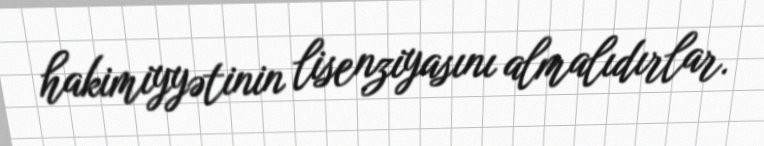
hakimiyyətinin lisenziyasını almalıdırlar.